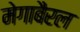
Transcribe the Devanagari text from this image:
मेगाबैरल